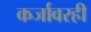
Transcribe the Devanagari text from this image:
कर्जावरही